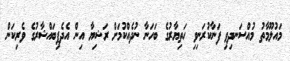
މައުލޫމާތު މުއްސަނދިވި ފަނާކުރަނިވި ހަތިޔާރުގެ ބަހަނާ ނުދެއްކުމަށް ރަޝިޔާ އިން އެދެފިބައްޝާރުގެ ވެރިކަން